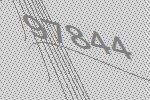
97844